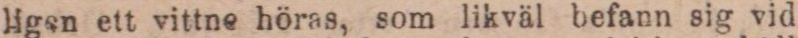
ligen ett vittne höras, som likväl befann sig vid